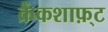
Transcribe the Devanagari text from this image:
क्रैंकशाफ़्ट